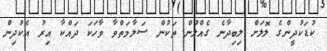
ކުޑަކުދީންގެ ލޮލަށް ލިބިދާނެ ގެއްލުން ތަކުން ސަލާމަތްވާ ވާހަކަ ދައްކާ އިރު އެކުދިން